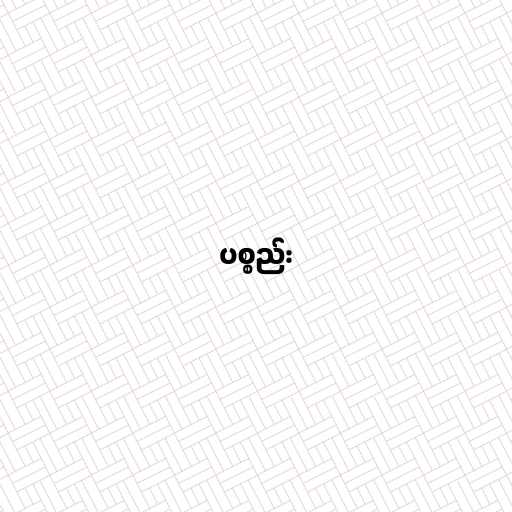
ပစ္စည်း